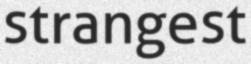
strangest